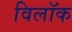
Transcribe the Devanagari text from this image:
विलॉक